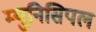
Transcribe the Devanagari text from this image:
म्‍युनिसिपल